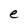
Character: e